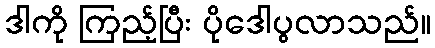
ဒါကို ကြည့်ပြီး ပိုဒေါပွလာသည်။